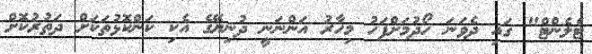
ޓެލެންޓް" ގައި ދެވަނަ ހޯދުމަށްފަހު މިހާރު އަންނަނީ ދުނިޔޭގެ އެކި ކަންކޮޅުތަކަށް ދަތުރުކޮށް